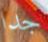
جدا